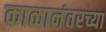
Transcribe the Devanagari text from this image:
काळानंतरच्या